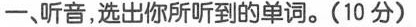
一、听音,选出你所听到的单词。(10 分)